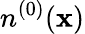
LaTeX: n^{(0)}(\mathbf{x})